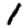
Digit: 1